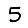
Digit: 5